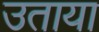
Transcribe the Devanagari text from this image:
उताया